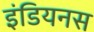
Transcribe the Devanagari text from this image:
इंडियनस